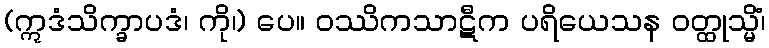
(ဣဒံသိက္ခာပဒံ၊ ကို၊) ပေ။ ဝဿိကသာဋီက ပရိယေသန ဝတ္ထုသ္မိံ၊